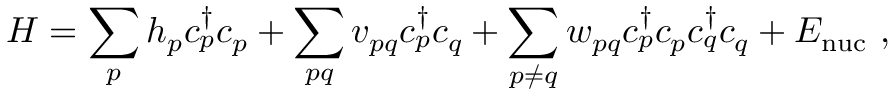
H = \sum _ { p } h _ { p } c _ { p } ^ { \dagger } c _ { p } + \sum _ { p q } v _ { p q } c _ { p } ^ { \dagger } c _ { q } + \sum _ { p \neq q } w _ { p q } c _ { p } ^ { \dagger } c _ { p } c _ { q } ^ { \dagger } c _ { q } + E _ { \mathrm { { n u c } } } \ ,